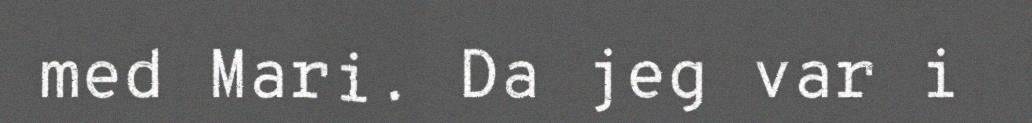
med Mari. Da jeg var i